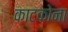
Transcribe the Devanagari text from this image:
काटकोना